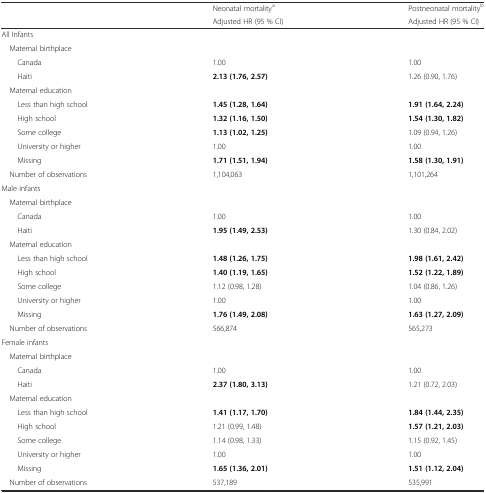
<table><thead><tr><td rowspan="2"></td><td><b>Neonatal mortality<sup>a</sup></b></td><td><b>Postneonatal mortality<sup>b</sup></b></td></tr><tr><td><b>Adjusted HR (95 % CI)</b></td><td><b>Adjusted HR (95 % CI)</b></td></tr></thead><tbody><tr><td colspan="3">All Infants</td></tr><tr><td colspan="3"> Maternal birthplace</td></tr><tr><td>Canada</td><td>1.00</td><td>1.00</td></tr><tr><td>Haiti</td><td><b>2.13 (1.76, 2.57)</b></td><td>1.26 (0.90, 1.76)</td></tr><tr><td colspan="3"> Maternal education</td></tr><tr><td>Less than high school</td><td><b>1.45 (1.28, 1.64)</b></td><td><b>1.91 (1.64, 2.24)</b></td></tr><tr><td>High school</td><td><b>1.32 (1.16, 1.50)</b></td><td><b>1.54 (1.30, 1.82)</b></td></tr><tr><td>Some college</td><td><b>1.13 (1.02, 1.25)</b></td><td>1.09 (0.94, 1.26)</td></tr><tr><td>University or higher</td><td>1.00</td><td>1.00</td></tr><tr><td>Missing</td><td><b>1.71 (1.51, 1.94)</b></td><td><b>1.58 (1.30, 1.91)</b></td></tr><tr><td> Number of observations</td><td>1,104,063</td><td>1,101,264</td></tr><tr><td colspan="3">Male infants</td></tr><tr><td colspan="3"> Maternal birthplace</td></tr><tr><td>Canada</td><td>1.00</td><td>1.00</td></tr><tr><td>Haiti</td><td><b>1.95 (1.49, 2.53)</b></td><td>1.30 (0.84, 2.02)</td></tr><tr><td> Maternal education</td><td></td><td></td></tr><tr><td>Less than high school</td><td><b>1.48 (1.26, 1.75)</b></td><td><b>1.98 (1.61, 2.42)</b></td></tr><tr><td>High school</td><td><b>1.40 (1.19, 1.65)</b></td><td><b>1.52 (1.22, 1.89)</b></td></tr><tr><td>Some college</td><td>1.12 (0.98, 1.28)</td><td>1.04 (0.86, 1.26)</td></tr><tr><td>University or higher</td><td>1.00</td><td>1.00</td></tr><tr><td>Missing</td><td><b>1.76 (1.49, 2.08)</b></td><td><b>1.63 (1.27, 2.09)</b></td></tr><tr><td> Number of observations</td><td>566,874</td><td>565,273</td></tr><tr><td colspan="3">Female infants</td></tr><tr><td colspan="3"> Maternal birthplace</td></tr><tr><td>Canada</td><td>1.00</td><td>1.00</td></tr><tr><td>Haiti</td><td><b>2.37 (1.80, 3.13)</b></td><td>1.21 (0.72, 2.03)</td></tr><tr><td colspan="3"> Maternal education</td></tr><tr><td>Less than high school</td><td><b>1.41 (1.17, 1.70)</b></td><td><b>1.84 (1.44, 2.35)</b></td></tr><tr><td>High school</td><td>1.21 (0.99, 1.48)</td><td><b>1.57 (1.21, 2.03)</b></td></tr><tr><td>Some college</td><td>1.14 (0.98, 1.33)</td><td>1.15 (0.92, 1.45)</td></tr><tr><td>University or higher</td><td>1.00</td><td>1.00</td></tr><tr><td>Missing</td><td><b>1.65 (1.36, 2.01)</b></td><td><b>1.51 (1.12, 2.04)</b></td></tr><tr><td> Number of observations</td><td>537,189</td><td>535,991</td></tr></tbody></table>